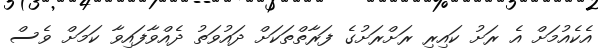
އެކެއުމަށް އެ ރަށު ކައިރި ރަށްރަށުގެ ފަރާތްތަކަށް ދައުވަތު ދެއްވާފައިވާ ކަމަށް ވެސް